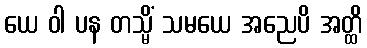
ယေ ဝါ ပန တသ္မိံ သမယေ အညေပိ အတ္ထိ